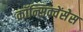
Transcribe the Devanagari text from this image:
कॉन्सिक्वेंसेस